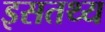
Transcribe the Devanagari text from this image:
इसतथ्य